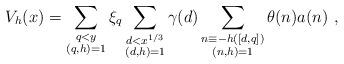
LaTeX: \begin{align*}V_h(x)= \sum_{\substack{q<y\\(q,h)=1}}\xi_q\sum_{\substack{d<x^{1/3}\\(d,h)=1}} \gamma(d) \sum_{\substack{n\equiv -h ([d,q])\\(n,h)=1}}\theta(n)a(n)\ , \end{align*}